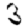
Digit: 3